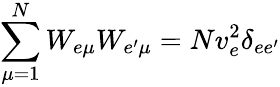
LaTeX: \sum_{\mu=1}^{N}W_{e\mu}W_{e^{\prime}\mu}=Nv_{e}^{2}\delta_{ee^{\prime}}